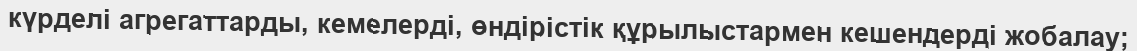
күрделі агрегаттарды, кемелерді, өндірістік құрылыстармен кешендерді жобалау;